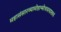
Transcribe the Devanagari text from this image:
महासंसारव्यामोहान्मोचयत्याश्‍वयं